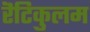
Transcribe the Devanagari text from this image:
रॆटिकुलम